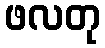
ဖလတု